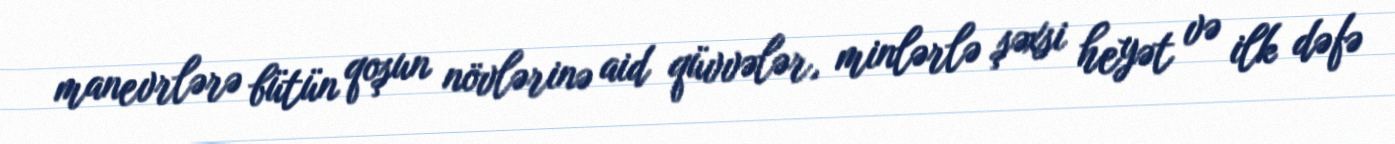
manevrlərə bütün qoşun növlərinə aid qüvvələr, minlərlə şəxsi heyət və ilk dəfə